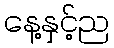
နေ့နှင့်ည